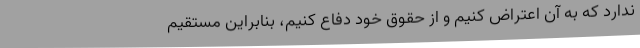
ندارد که به آن اعتراض کنیم و از حقوق خود دفاع کنیم، بنابراین مستقیم